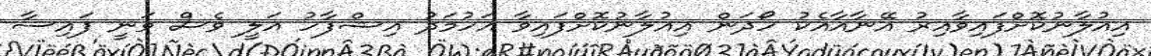
އިއުލާނުކޮށްފައިވާއިރު އޭނާއާއެކު ހޯދަން އިއުލާނުކޮށްފައިވާ އަހުމަދު އިޝްފާހު އަލީ ވެސް ވަނީ ފައިސާ